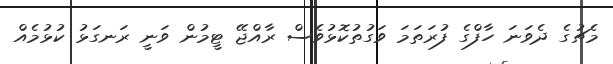
މެޗުގެ ދެވަނަ ހާފްގެ ފުރަތަމަ ވަގުތުކޮޅުވެސް ރާއްޖޭ ޓީމުން ވަނީ ރަނގަޅު ކުޅުމެއް